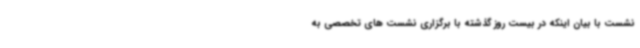
نشست با بیان اینکه در بیست روز گذشته با برگزاری نشست های تخصصی به